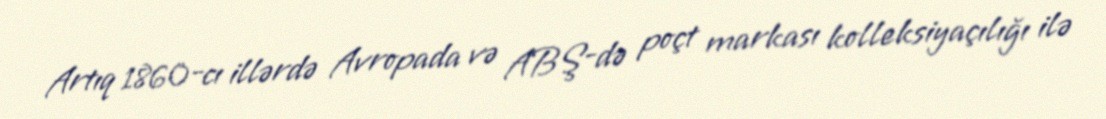
Artıq 1860-cı illərdə Avropada və ABŞ-də poçt markası kolleksiyaçılığı ilə